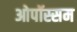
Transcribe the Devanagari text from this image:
ओपॉस्सम